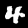
Label: 4